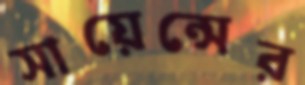
সায়েন্সের